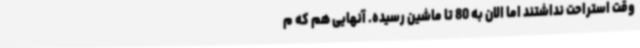
وقت استراحت نداشتند اما الان به 80 تا ماشین رسیده. آنهایی هم که م